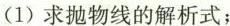
(1)求抛物线的解析式；